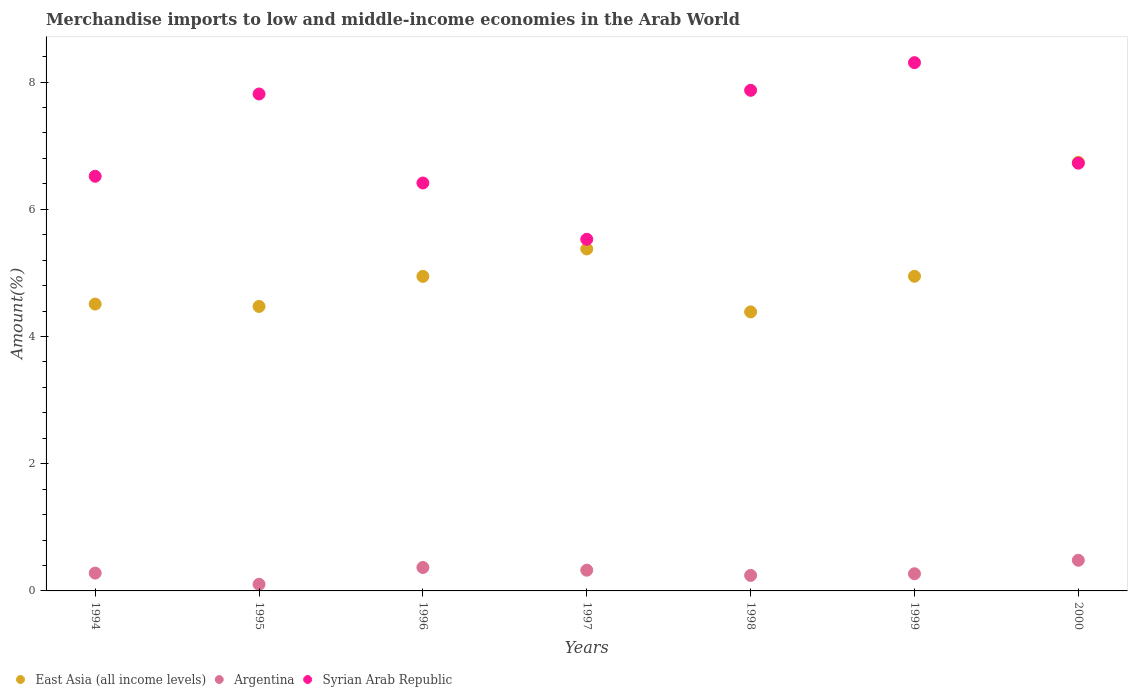
| Years | East Asia (all income levels) | Argentina | Syrian Arab Republic |
 | --- | --- | --- | --- |
 | 1994 | 4.51 | 0.28 | 6.52 |
 | 1995 | 4.47 | 0.104 | 7.81 |
 | 1996 | 4.95 | 0.368 | 6.41 |
 | 1997 | 5.38 | 0.326 | 5.53 |
 | 1998 | 4.39 | 0.244 | 7.87 |
 | 1999 | 4.95 | 0.27 | 8.3 |
 | 2000 | 6.74 | 0.482 | 6.72 |